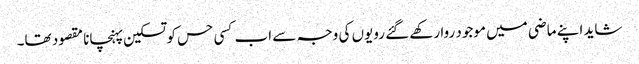
شاید اپنے ماضی میں موجود روا رکھے گئے رویوں کی وجہ سے اب کسی حس کو تسکین پہنچانا مقصود تھا۔